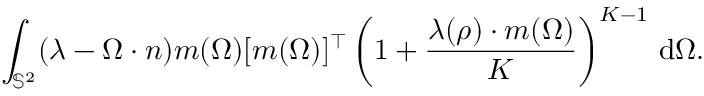
\int _ { \mathbb { S } ^ { 2 } } ( \lambda - \Omega \cdot n ) \boldsymbol { m } ( \Omega ) [ \boldsymbol { m } ( \Omega ) ] ^ { \top } \left( 1 + \frac { \boldsymbol { \lambda } ( \boldsymbol { \rho } ) \cdot \boldsymbol { m } ( \Omega ) } { K } \right) ^ { K - 1 } \, \mathrm { d } \Omega .